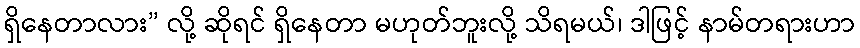
ရှိနေတာလား” လို့ ဆိုရင် ရှိနေတာ မဟုတ်ဘူးလို့ သိရမယ်၊ ဒါဖြင့် နာမ်တရားဟာ